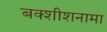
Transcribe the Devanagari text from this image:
बक्शीशनामा